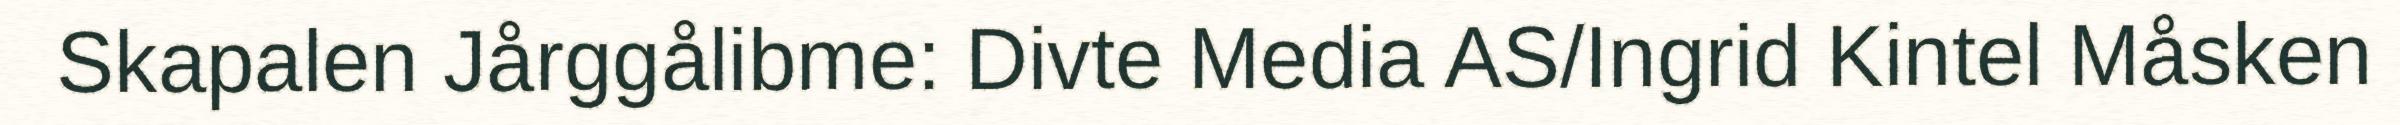
Skapalen Jårggålibme: Divte Media AS/Ingrid Kintel Måsken